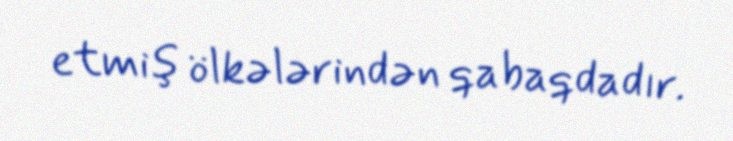
etmiş ölkələrindən qabaqdadır.